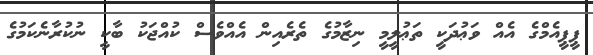
ޕީޕީއެމްގެ އެއް ވަޢުދަކީ ތަޢުލީމީ ނިޒާމުގެ ތެރެއިން އެއްވެސް ކުއްޖަކު ބާކީ ނުކުރާނެކަމުގެ